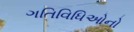
ગતિવિધિઓનો